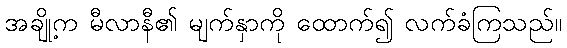
အချို့က မီလာနီ၏ မျက်နှာကို ထောက်၍ လက်ခံကြသည်။